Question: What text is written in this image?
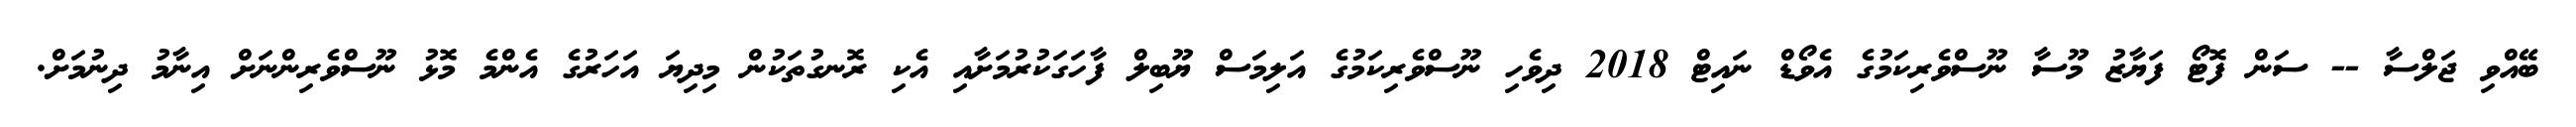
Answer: ބޭއްވި ޖަލްސާ -- ސަން ފޮޓޯ ފަޔާޒު މޫސާ ނޫސްވެރިކަމުގެ އެވޯޑް ނައިޓް 2018 ދިވެހި ނޫސްވެރިކަމުގެ އަލިމަސް ޔޫބިލް ފާހަގަކުރުމަށާއި އެކި ރޮނގުތަކުން މިދިޔަ އަހަރުގެ އެންމެ މޮޅު ނޫސްވެރިންނަށް އިނާމު ދިނުމަށް.